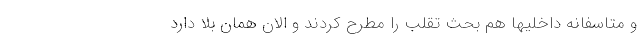
و متاسفانه داخلیها هم بحث تقلب را مطرح کردند و الان همان بلا دارد